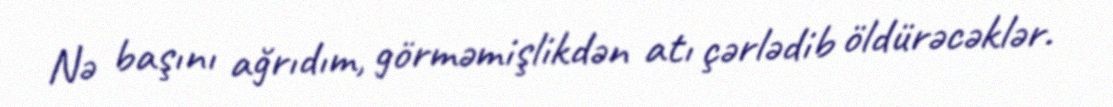
Nə başını ağrıdım, görməmişlikdən atı çərlədib öldürəcəklər.